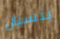
بنسيان